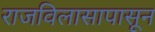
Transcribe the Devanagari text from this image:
राजविलासापासून